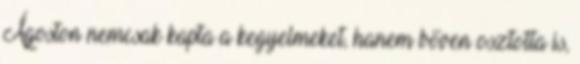
Ágoston nemcsak kapta a kegyelmeket, hanem bőven osztotta is,